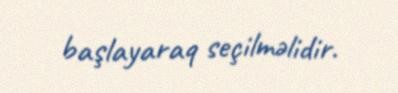
başlayaraq seçilməlidir.